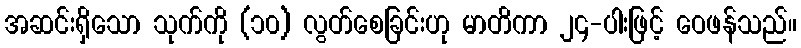
အဆင်းရှိသော သုက်ကို (၁၀) လွတ်စေခြင်းဟု မာတိကာ ၂၄-ပါးဖြင့် ဝေဖန်သည်။